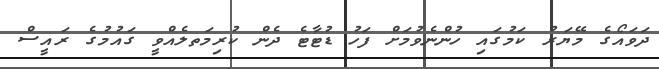
ދަވައޯގެ މޭޔަރު ކަމުގައި ހުންނެވުމަށް ފަހު ޑުޓާޓެ ދެން ކުރިމަތލެއްވީ ގައުމުގެ ރައީސް